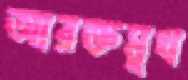
আরক্তমুখ